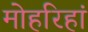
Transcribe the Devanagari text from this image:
मोहरिहां